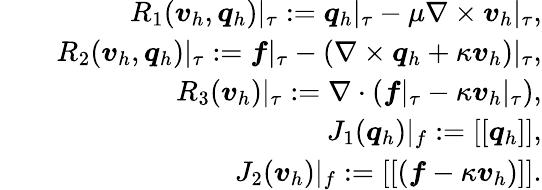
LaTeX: \begin{array}{rlr}&{}&{R_{1}(\boldsymbol{v}_{h},\boldsymbol{q}_{h})\vert_{\tau}:=\boldsymbol{q}_{h}\vert_{\tau}-\mu\nabla\times\boldsymbol{v}_{h}\vert_{\tau},}\\ &{}&{R_{2}(\boldsymbol{v}_{h},\boldsymbol{q}_{h})\vert_{\tau}:=\boldsymbol{f}\vert_{\tau}-(\nabla\times\boldsymbol{q}_{h}+\kappa\boldsymbol{v}_{h})\vert_{\tau},}\\ &{}&{R_{3}(\boldsymbol{v}_{h})\vert_{\tau}:=\nabla\cdot(\boldsymbol{f}\vert_{\tau}-\kappa\boldsymbol{v}_{h}\vert_{\tau}),}\\ &{}&{J_{1}(\boldsymbol{q}_{h})\vert_{f}:=[[\boldsymbol{q}_{h}]],}\\ &{}&{J_{2}(\boldsymbol{v}_{h})\vert_{f}:=[[(\boldsymbol{f}-\kappa\boldsymbol{v}_{h})]].}\end{array}